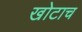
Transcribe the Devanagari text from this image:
खोटाच